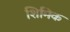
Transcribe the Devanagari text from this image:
शिमिक